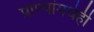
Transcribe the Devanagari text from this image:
प्राण्यांमधेही